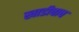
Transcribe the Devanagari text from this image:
खाडीचाच